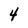
Character: 4